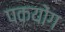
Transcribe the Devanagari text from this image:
पकयोंग